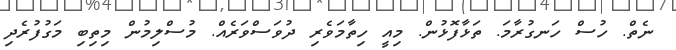
ނެތް. ހުސް ހަނގުރާމަ. ތަޅާފޮޅުން. މިއީ ހިތާމަވެރި ދުވަސްވަރެއް. މުސްލިމުން މިތިބި މަގުފުރެދި